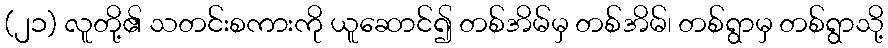
(၂၁) လူတို့၏ သတင်းစကားကို ယူဆောင်၍ တစ်အိမ်မှ တစ်အိမ်၊ တစ်ရွာမှ တစ်ရွာသို့